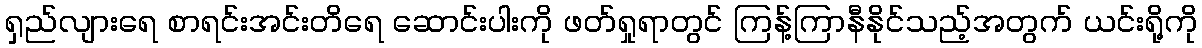
ရှည်လျားရေ စာရင်းအင်းတိရေ ဆောင်းပါးကို ဖတ်ရှုရာတွင် ကြန့်ကြာနီနိုင်သည့်အတွက် ယင်းရို့ကို